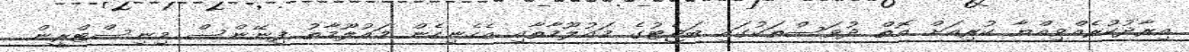
އިރާދުކުރެއްވިއްޔާ ކުރިއަށް އޮތް ދުވަސްތަކުގައި ބަޖެޓުގެ މައުލޫމާތާއި އެހެނިހެން މައުލޫމާތު ފިނޭންސް މިނިސްޓްރީން